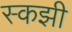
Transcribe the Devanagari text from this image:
स्कझी